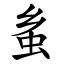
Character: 蚃